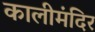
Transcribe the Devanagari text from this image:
कालीमंदिर